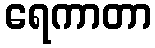
ရေကာတာ